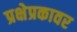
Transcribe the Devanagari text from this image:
प्रक्षेप्रकावर